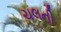
ચલની